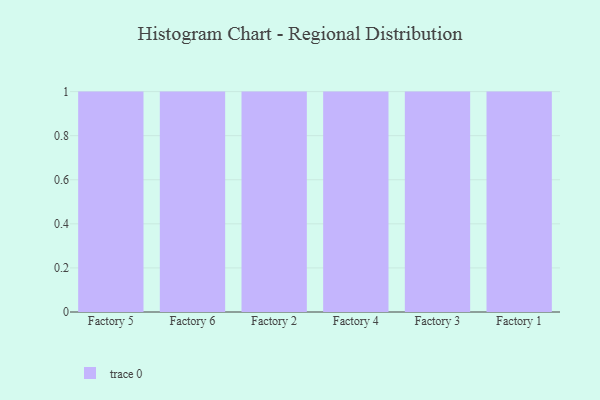
{"axis": {"x": "Factory", "y": "Shipments"}, "legend": [""], "data": [{"x": "Factory 5", "y": 77, "type": ""}, {"x": "Factory 6", "y": 31, "type": ""}, {"x": "Factory 2", "y": 39, "type": ""}, {"x": "Factory 4", "y": 98, "type": ""}, {"x": "Factory 3", "y": 3, "type": ""}, {"x": "Factory 1", "y": 61, "type": ""}]}